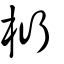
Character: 桁